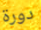
دورة